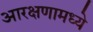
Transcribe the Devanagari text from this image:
आरक्षणामध्ये